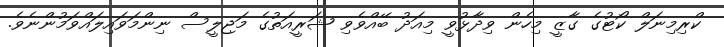
ކްރިމިނަލް ކޯޓުގެ ގާޒީ މިހެން ވިދާޅުވީ މިއަދު ބޭއްވެވި ޝަރީއަތުގެ މަޖިލީސް ނިންމަވައިލައްވަމުންނެވެ.